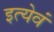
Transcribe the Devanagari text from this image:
इत्येवं